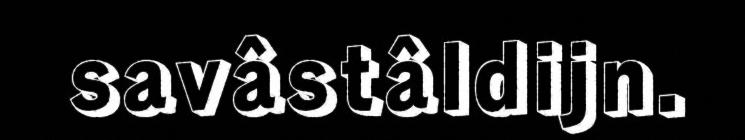
savâstâldijn.